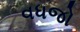
વધજો